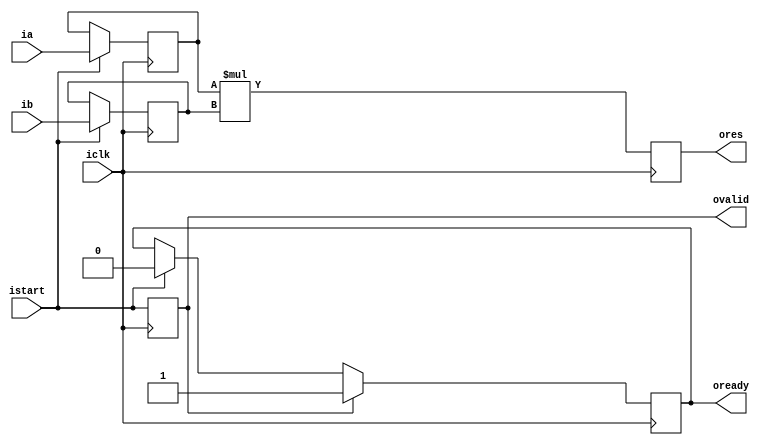
`timescale 1ns / 1ps
        
module mult_simple
    #( parameter WIDTH = 5)
    
    (
    input iclk,
    input [WIDTH - 1 : 0] ia,
    input [WIDTH - 1 : 0] ib,
    output [WIDTH*2 - 1 : 0] ores,
    input istart,
    output ovalid,
    output oready
    );
    
    reg [WIDTH - 1 : 0] a;
    reg [WIDTH - 1 : 0] b;
    reg [WIDTH*2 - 1 : 0] ans;
    
    reg valid;
    reg ready;
    
    always @(posedge iclk)
    begin
        if (istart)
        begin
            a <= ia;
            b <= ib;
            ready <= 0;
        end
        
        if (valid) 
        begin
            ready <=1;
        end
        
        valid <= istart;    
        
        ans = a * b;        
    end
    
    assign ovalid = valid;
    assign oready = ready;
    assign ores = ans;
endmodule